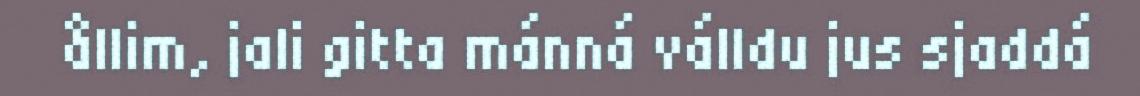
ållim, jali gitta mánná válldu jus sjaddá